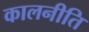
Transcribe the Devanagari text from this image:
कालनीति